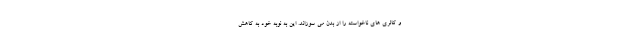
و کالری های ناخواسته را از بدن می سوزاند. این به نوبه خود به کاهش